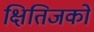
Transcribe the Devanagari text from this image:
क्षितिजको